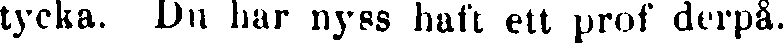
tycka. Du har nyss haft ett prof derpå.